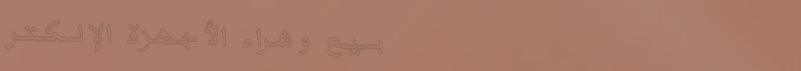
بيع وشراء الأجهزة الإلكتر